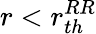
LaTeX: r<r_{th}^{RR}